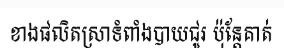
ខាងផលិតស្រាទំពាំងបាយជូរ ប៉ុន្តែគាត់